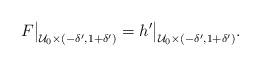
LaTeX: \begin{align*}F\big|_{\mathcal{U}_{0}\times(-\delta',1+\delta')}=h'\big|_{\mathcal{U}_{0}\times(-\delta',1+\delta')}.\end{align*}